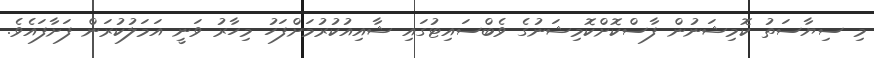
މި ސިޔާސަތު ކޮމިޝަނުން ފާސްކޮށްކޮމިޝަނުގެ ވެބްސައިޓުގައި ޝާއިއުކުރުމަށްފަހު މިހާރު ވަނީ އަމަލުކުރަން ފަށާފައެވެ.